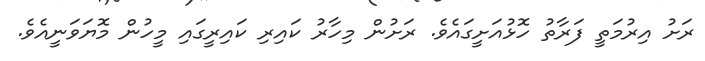
ރަށު އިރުމަތީ ފަރާތު ހޮޅުއަށީގައެވެ. ރަށުން މިހާރު ކައިރި ކައިރީގައި މީހުން މޮޔަވަނީއެވެ.